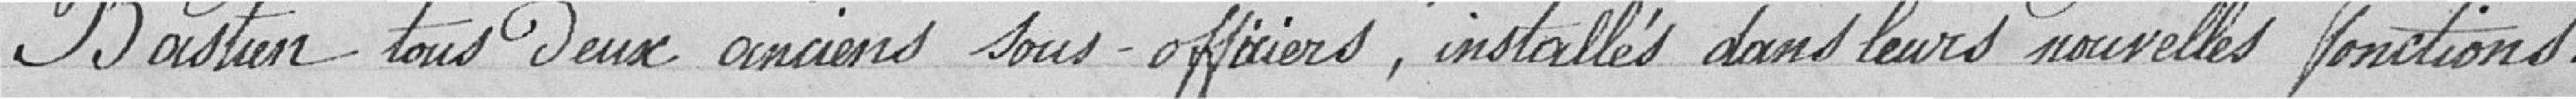
Bastien tous Deux anciens sous-officiers, installés dans leurs nouvelles fonctions :